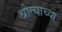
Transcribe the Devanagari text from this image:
श्रोत्याच्या